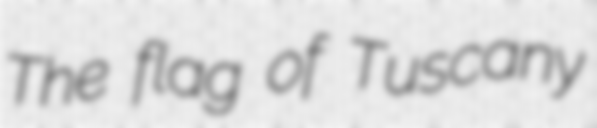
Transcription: The flag of Tuscany